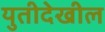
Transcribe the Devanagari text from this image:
युतीदेखील